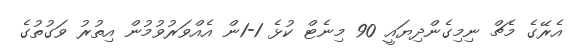
އެރޭގެ މެޗް ނިމިގެންދިޔައީ 90 މިނެޓް ކުޅެ 1-1ން އެއްވަރުވުމުން އިތުރު ވަގުތުގެ